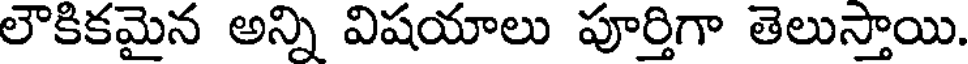
లౌకికమైన అన్ని విషయాలు పూర్తిగా తెలుస్తాయి.